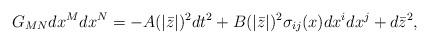
LaTeX: \begin{align*}G_{MN}dx^Mdx^N=-A(|\bar{z}|)^2dt^2+B(|\bar{z}|)^2\sigma_{ij}(x)dx^idx^j+d\bar{z}^2,\end{align*}